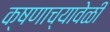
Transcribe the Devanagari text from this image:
क्षणाच्यावेळी